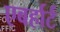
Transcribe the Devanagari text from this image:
एबर्हार्ट